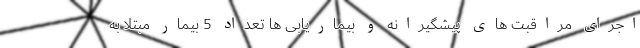
اجرای مراقبت های پیشگیرانه و بیماریابی ها تعداد 5 بیمار مبتلا به